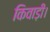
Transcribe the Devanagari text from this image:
किवाड़ी।